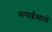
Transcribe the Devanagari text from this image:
कसाईखानों